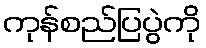
ကုန်စည်ပြပွဲကို